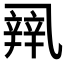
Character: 𰁏